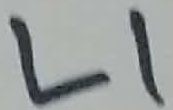
Text: L1